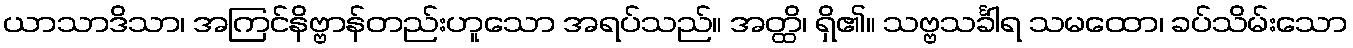
ယာသာဒိသာ၊ အကြင်နိဗ္ဗာန်တည်းဟူသော အရပ်သည်။ အတ္ထိ၊ ရှိ၏။ သဗ္ဗသင်္ခါရ သမထော၊ ခပ်သိမ်းသော